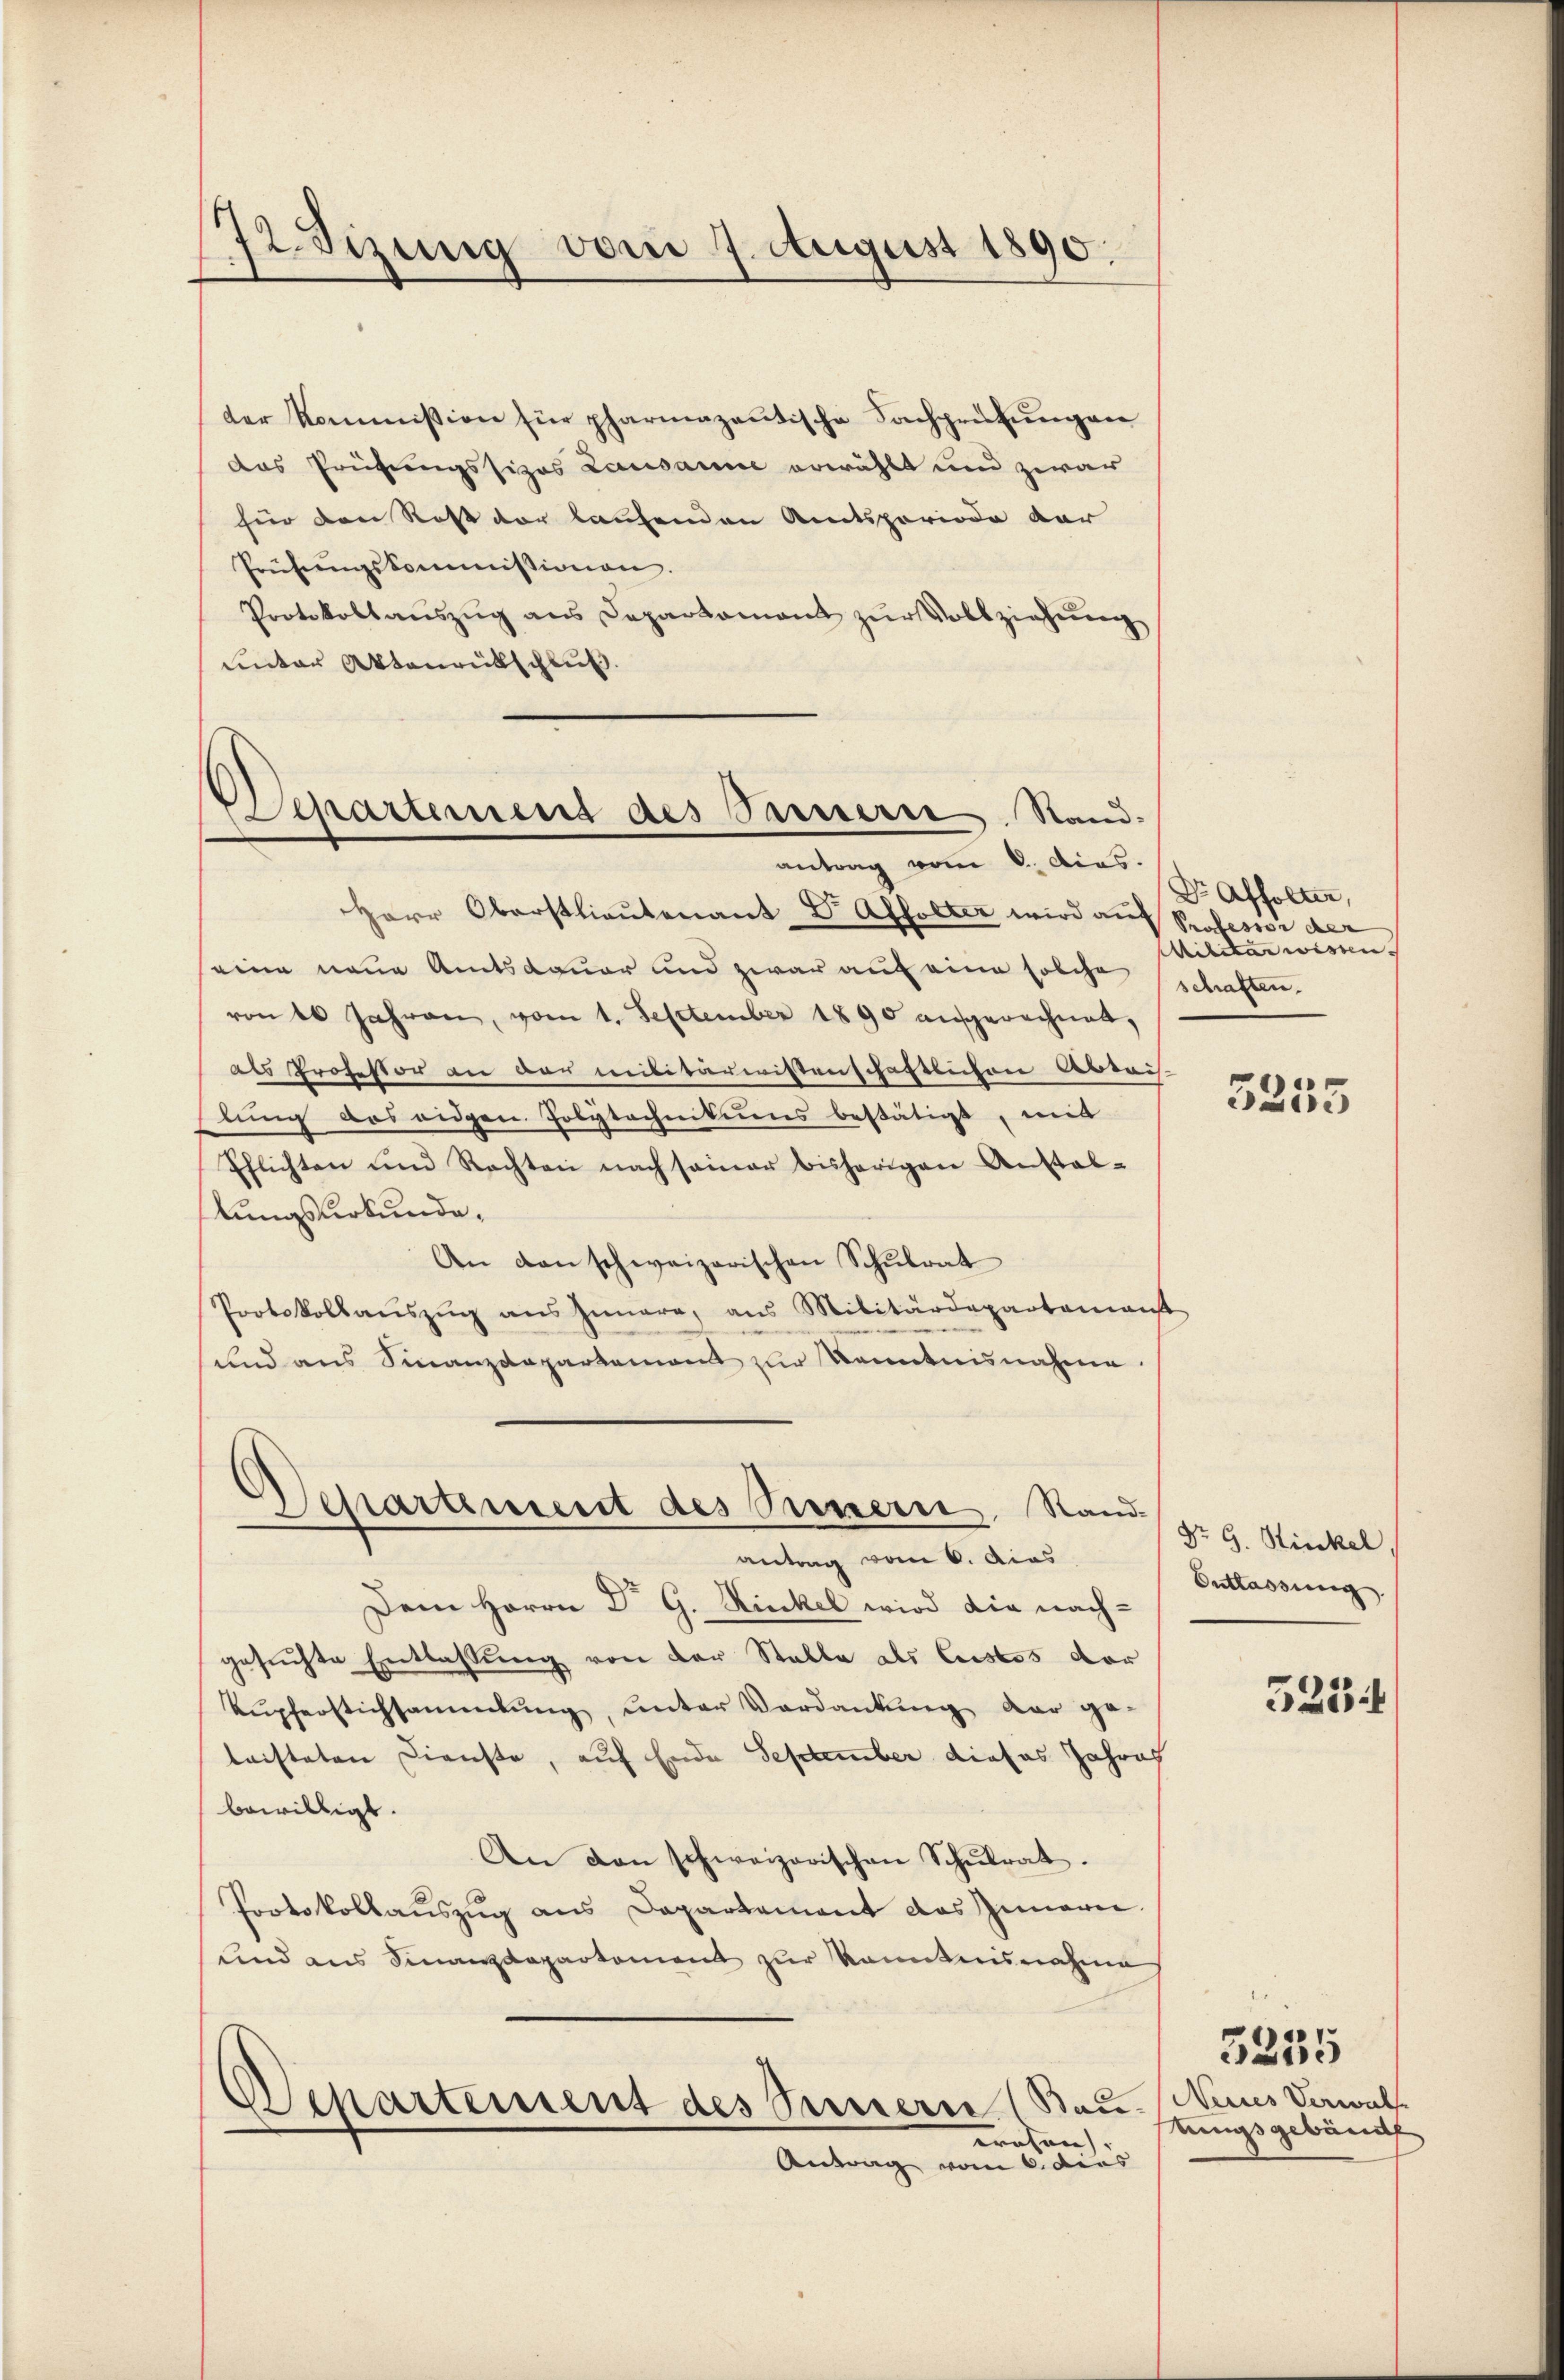
72. Sizung vom 7. August 1890.

der Kommission für pharmazantische Sachprüfŭngen
das Prüfungssizes Lausanne erwählt und zwar
für den Rost vor laufenden Amtsperiode dar
Prüfŭngskommissionen.
Protokollauszug aus Departament zŭr Vollziehung
unter Aktenrütschluß.

)
Departement des Parterre Stand.
antrag vom 8. dies.

¬
s

Departement des Sinnern Stand

Herr Oberstlieutenant Dr. Affolter wird auf
eine neue Amtsdauer und zwar auf eine solche schaften.
von 16 Jahren, vom 1. September 1890 aufgerechnet,
als Professor an der militärwissenschaftlichen Abtais-
lung das eidgen. Polytechnitions bestätigt, mit
Pflichten und Rechten nach seiner bisherigen Anstal-
lungsurkunde,
An den schweizerischen Schŭlrat
Protokollaŭszŭg ans Innere, aus Militärdepartamanst
sund aus Finanzdepartement zur Kenntnisnahme.
antrag vom 6. das
Dem Herrn Dr G. Hinckel wird die nach-
gesuchte Entlassung von der Stalle des Custos der
Kupferstichsammlung, unter Verdankung der ge-
leisteten Dienste, auf Ende September dieses Jahres
bewilligt.
An den schweizerischen Schulrat.
Protokollauszug aus Departement das Innern.
und aus Finanzdepartement zur Kenntnisnahme
Departement des Peezerre (Bau. Neines Verwal
wesen.
Antrag vom 6. dies

Dr Affolter,
Professor der
Militar wissen.

3255

Dr G. Stickel,
Entlassung

5254

tungsgebäude

3235